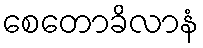
စေတောခိလာနံ